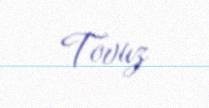
Tovuz